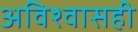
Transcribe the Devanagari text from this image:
अविश्वासही